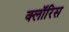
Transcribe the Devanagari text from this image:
क्लॉरिस